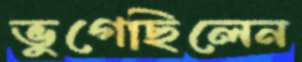
ভুগেছিলেন